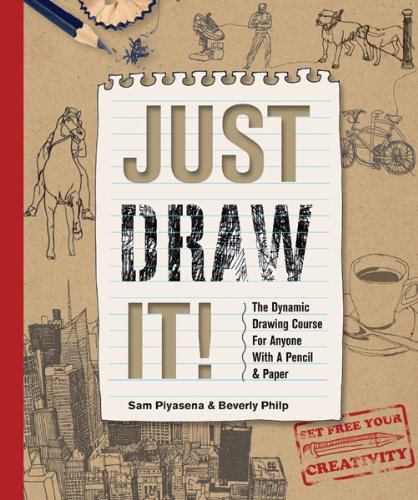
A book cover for Just Draw It!: The Dynamic Drawing Course for Anyone with a Pencil and Paper; Sam Piyasena; Arts & Photography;